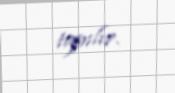
tapılır.